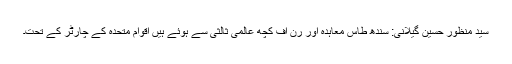
سید منظور حسین گیلانی: سندھ طاس معاہدہ اور رن آف کچھ عالمی ثالثی سے ہوئے ہیں اقوام متحدہ کے چارٹر کے تحت۔